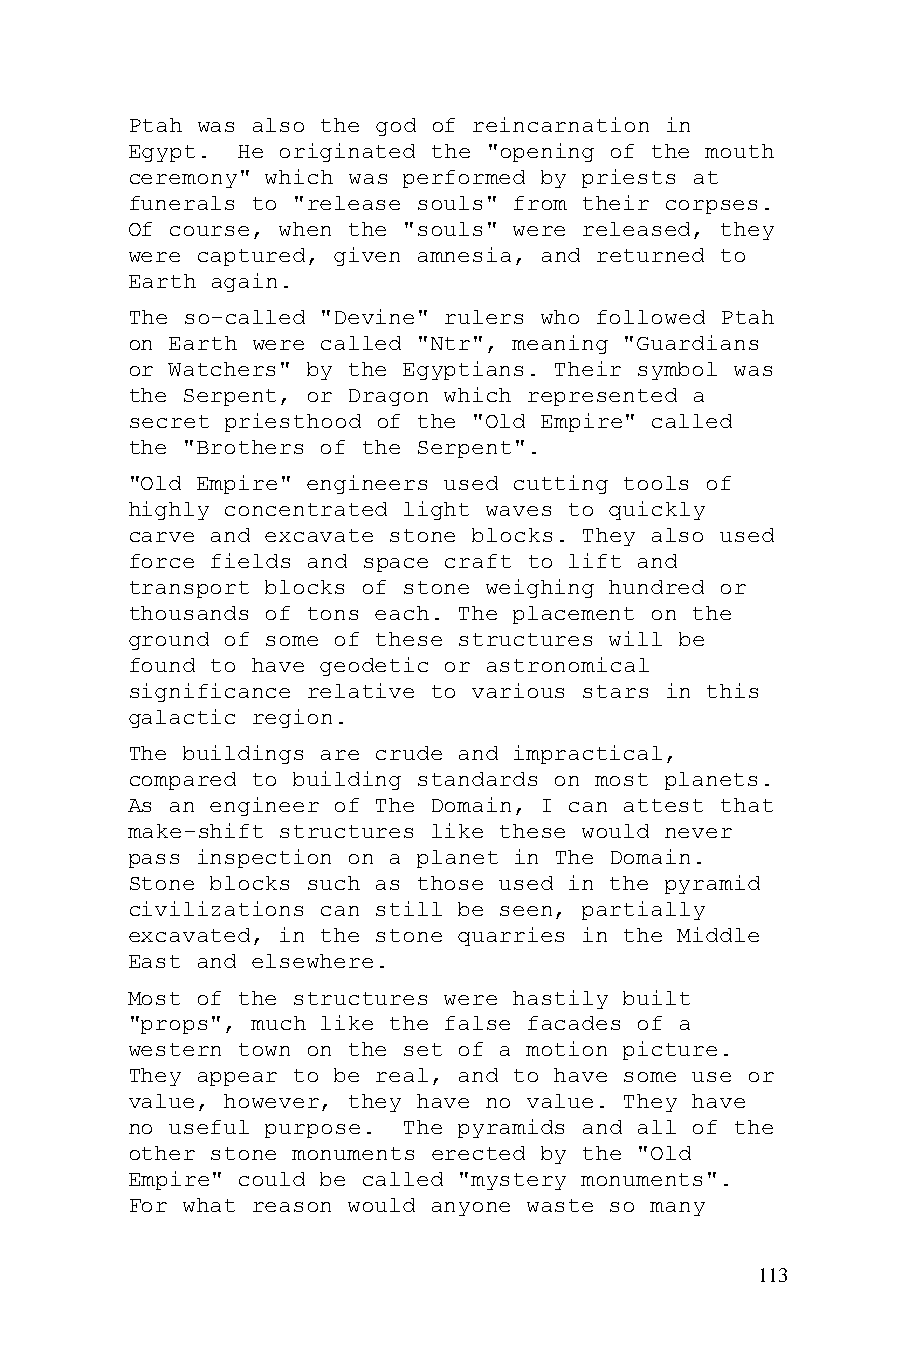
Ptah was also the god of reincarnation in
 Egypt.  He originated the "opening of the mouth
 ceremony" which was performed by priests at
 funerals to "release souls" from their corpses.
 Of course, when the "souls" were released, they
 were captured, given amnesia, and returned to
 Earth again.
 The so-called "Devine" rulers who followed Ptah
 on Earth were called "Ntr", meaning "Guardians
 or Watchers" by the Egyptians. Their symbol was
 the Serpent, or Dragon which represented a
 secret priesthood of the "Old Empire" called
 the "Brothers of the Serpent".
 "Old Empire" engineers used cutting tools of
 highly concentrated light waves to quickly
 carve and excavate stone blocks. They also used
 force fields and space craft to lift and
 transport blocks of stone weighing hundred or
 thousands of tons each. The placement on the
 ground of some of these structures will be
 found to have geodetic or astronomical
 significance relative to various stars in this
 galactic region.
 The buildings are crude and impractical,
 compared to building standards on most planets.
 As an engineer of The Domain, I can attest that
 make-shift structures like these would never
 pass inspection on a planet in The Domain.
 Stone blocks such as those used in the pyramid
 civilizations can still be seen, partially
 excavated, in the stone quarries in the Middle
 East and elsewhere.
 Most of the structures were hastily built
 "props", much like the false facades of a
 western town on the set of a motion picture.
 They appear to be real, and to have some use or
 value, however, they have no value. They have
 no useful purpose. The pyramids and all of the
 other stone monuments erected by the "Old
 Empire" could be called "mystery monuments".
 For what reason would anyone waste so many
 113